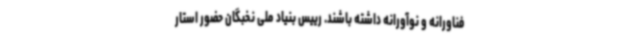
فناورانه و نوآورانه داشته باشند. رییس بنیاد ملی نخبگان حضور استار